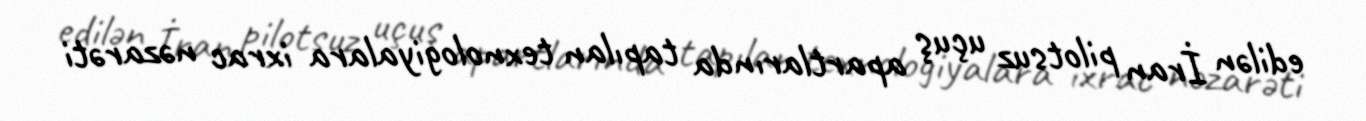
edilən İran pilotsuz uçuş apartlarında tapılan texnologiyalara ixrac nəzarəti